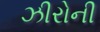
ઝીરોની